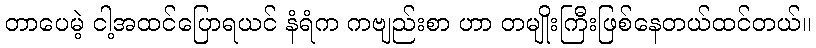
တာပေမဲ့ ငါ့အထင်ပြောရယင် နံရံက ကဗျည်းစာ ဟာ တမျိုးကြီးဖြစ်နေတယ်ထင်တယ်။